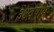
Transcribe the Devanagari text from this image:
३४वर्षीय